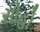
સોહો